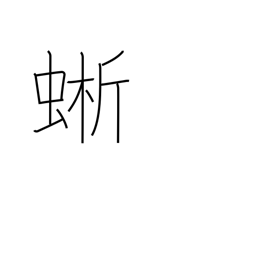
Meaning: a lizard